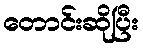
တောင်းဆိုပြီး